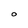
Character: O